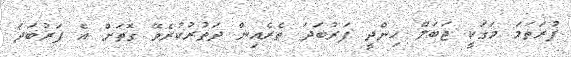
ފުރަތަމަ މަގަކީ ޖަބަލް ހިންދީ ފަރުބަދަ ތެރެއިން ދަތުރުކުރެވޭ ގޮތަށް އެ ފަރުބަދަ